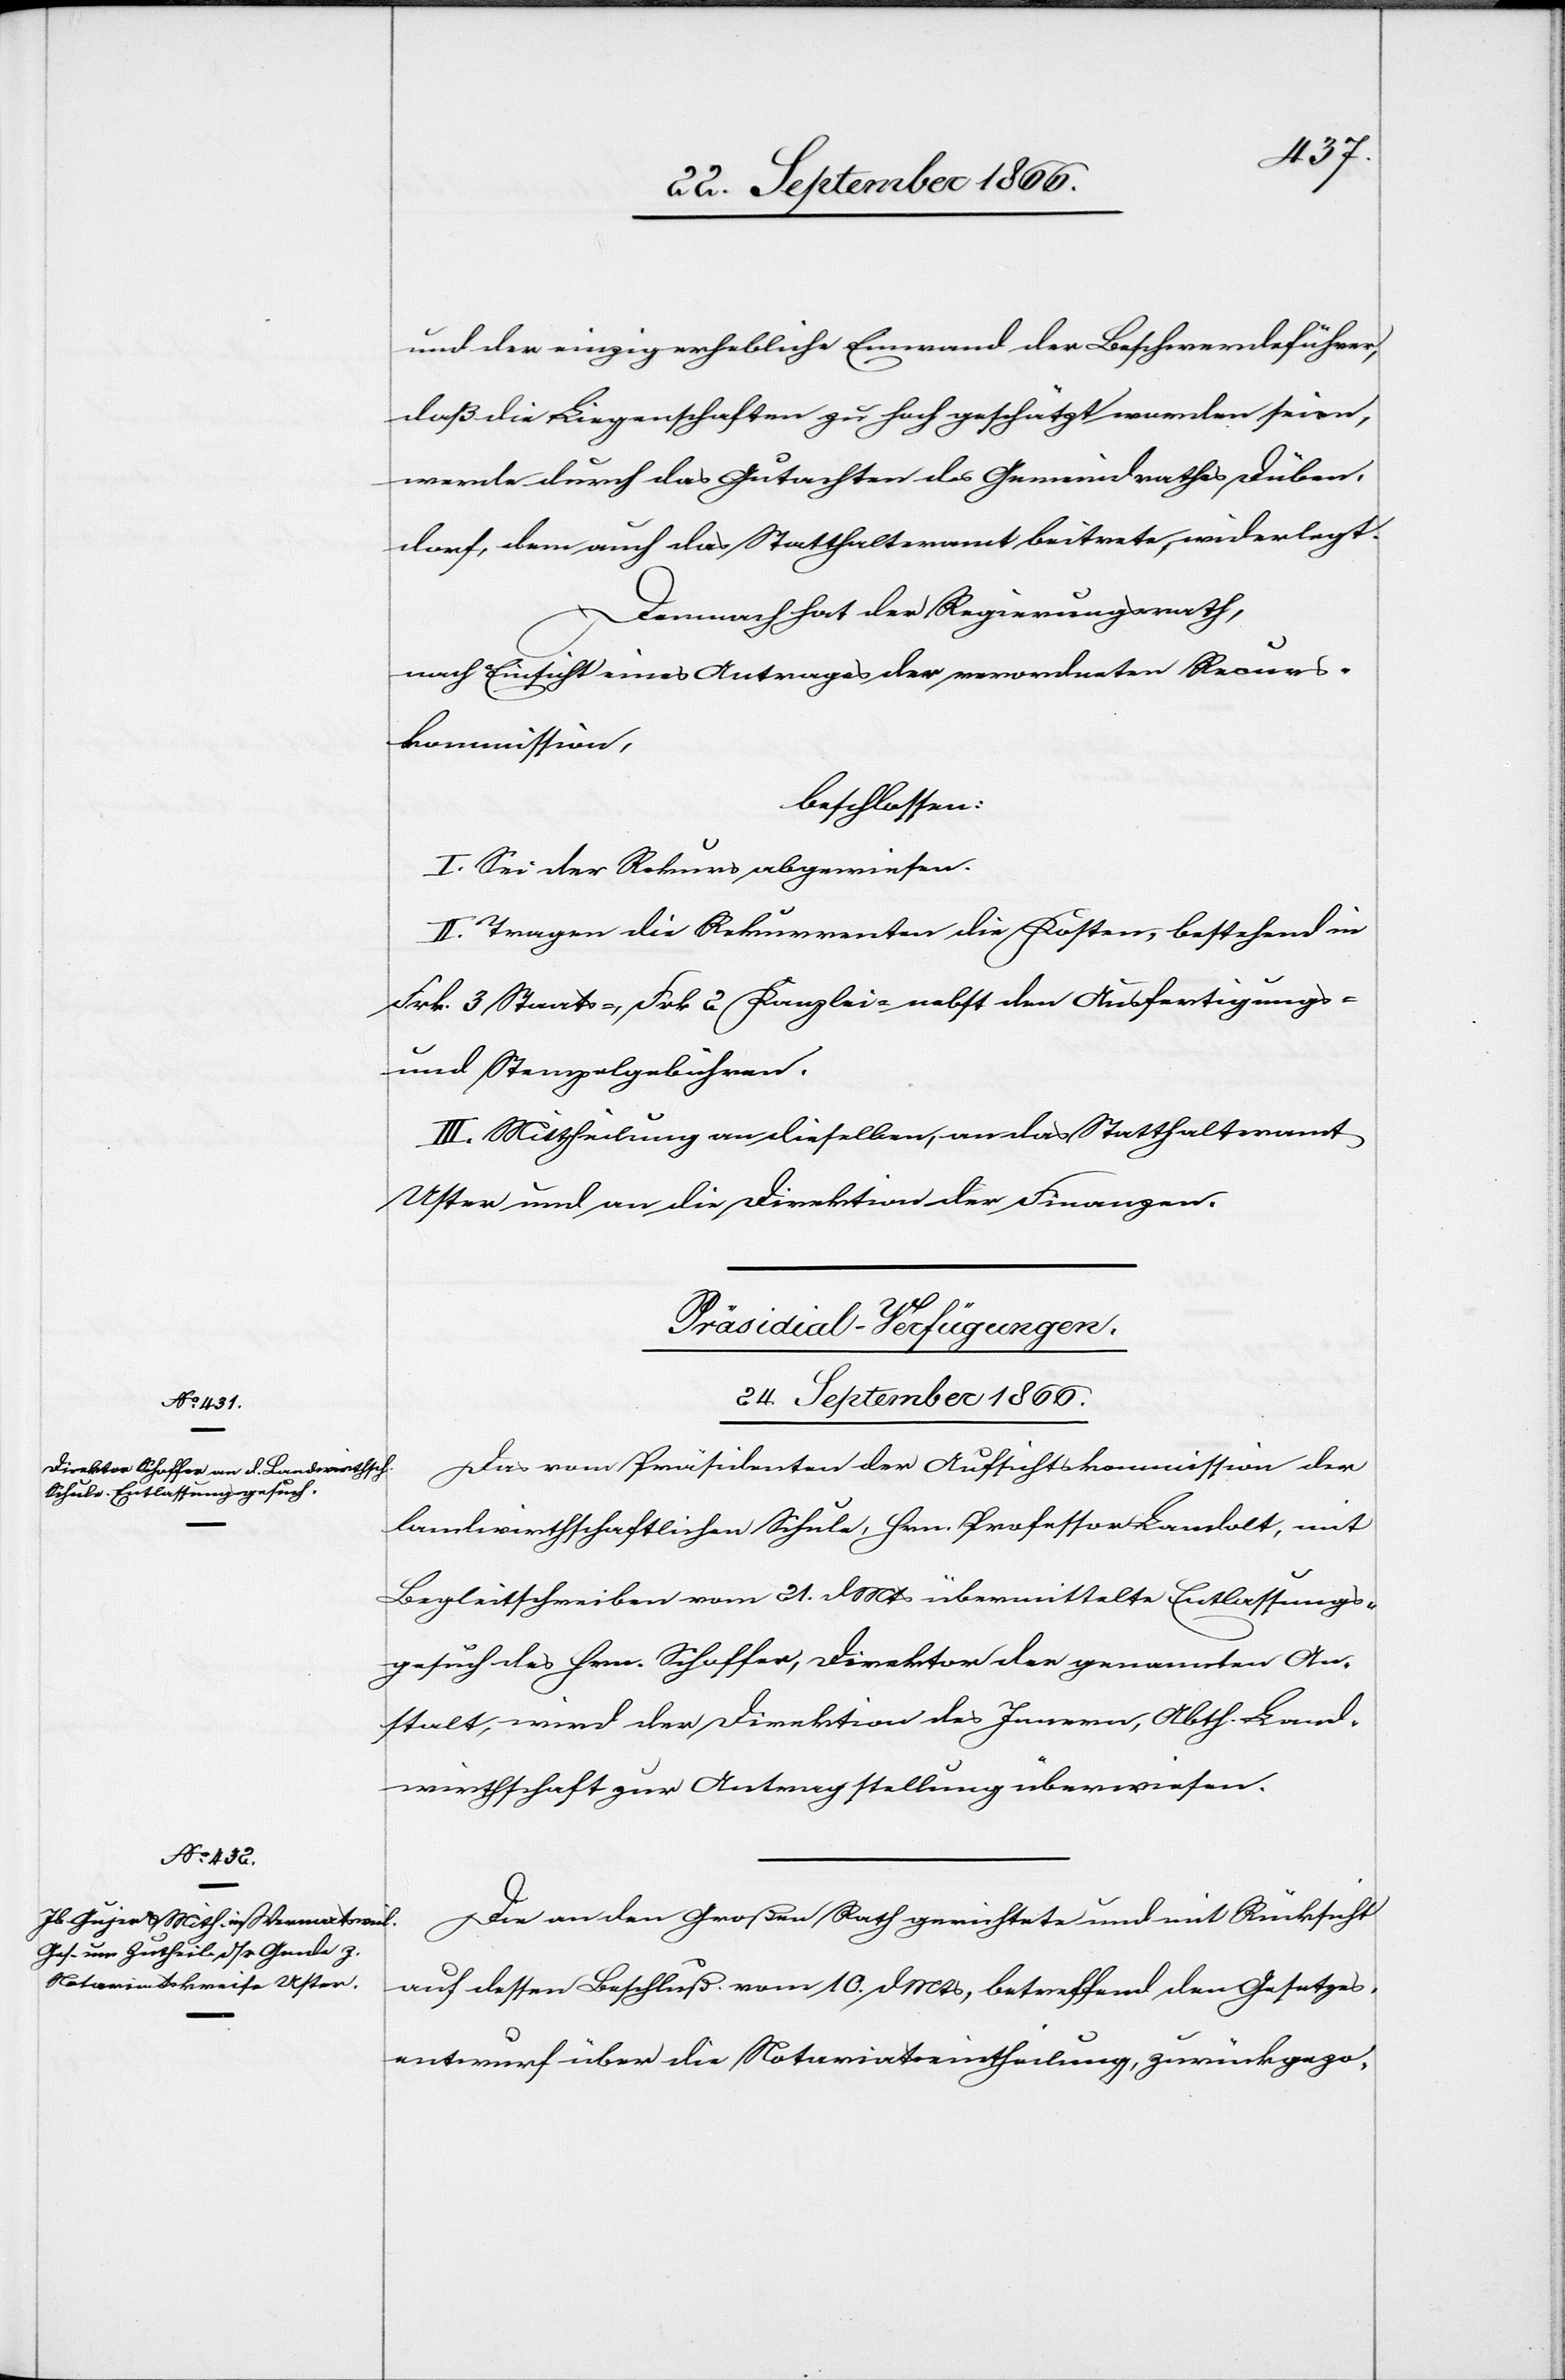
und der einzige erhebliche Einwand der Beschwerdeführer,
daß die Liegenschaften zu hoch geschätzt worden seien,
werde durch das Gutachten des Gemeindrathes Düben¬
dorf, dem auch das Statthalteramt beitrete, wiederlegt.
Demnach hat der Regierungsrath,
nach Einsicht eines Antrages der verordneten Recurs¬
kommission,
beschlossen:
I. Sei der Rekurs abgewiesen.
II. Tragen die Rekurrenten die Kosten, bestehend in
Frk. 3 Staats-, Frk. 2 Kanzlei- nebst den Ausfertigungs-
und Stempelgebühren.
III. Mittheilung an dieselben, an das Statthalteramt
Uster und an die Direktion der Finanzen.
[Präsidial-Verfügungen.
24. September 1866.]
Das vom Präsidium der Aufsichtskommission der
landwirthschaftlichen Schule, Hrn. Professor Landolt, mit
Begleitschreiben vom 21. dMts übermittelte Entlassungs¬
gesuch des Hrn. Schoffer, Direktor der genannten An¬
stalt, wird der Direktion des Innern, Abth. Land¬
wirthschaft zur Antragstellung überwiesen.
Die an den Großen Rath gerichtete und mit Rücksicht
auf dessen Beschluß vom 10 dMts, betreffend den Gesetzes¬
entwurf über die Notariatseintheilung, zurückgezo-